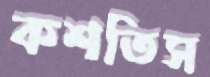
কশতিস